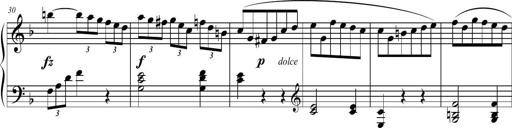
Title: 2 Sonatines faciles et brillantes pour le piano-forte seul
Composer: Carl Czerny